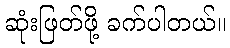
ဆုံးဖြတ်ဖို့ ခက်ပါတယ်။